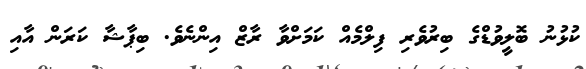
ކުޅުނު ބޮލީވުޑްގެ ބިރުވެރި ފިލްމެއް ކަމަށްވާ ރާޒް އިންނެވެ. ބިޕާޝާ ކަރަން އާއި